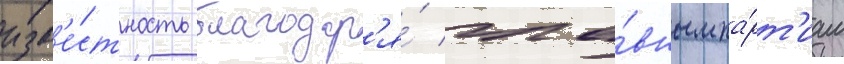
изв'е́стность благодар'я́ гла́вным па́рт'иам